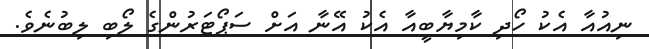
ނިއުއާ އެކު ހޯދި ކާމިޔާބީއާ އެކު އޭނާ އަށް ސަޕޯޓަރުންގެ ލޯބި ލިބުނެވެ.